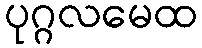
ပုဂ္ဂလမေထ